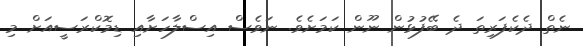
ނެތް ދެކެފަރިތަ ދެ ބޭފުޅުން ނޫން ކަމަށެވެ. ނަވެސް އިސްލާހަށާއި ޑިމޮކްރަސީއަށް މި